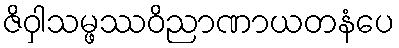
ဇိဝှါသမ္ဖဿဝိညာဏာယတနံပေ